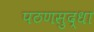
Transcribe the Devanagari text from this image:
पठणसुद्धा